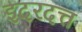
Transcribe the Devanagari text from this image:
इदरदत्त